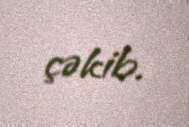
çəkib.